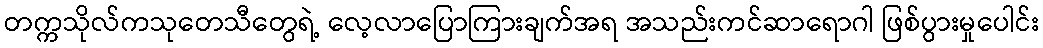
တက္ကသိုလ်ကသုတေသီတွေရဲ့ လေ့လာပြောကြားချက်အရ အသည်းကင်ဆာရောဂါ ဖြစ်ပွားမှုပေါင်း